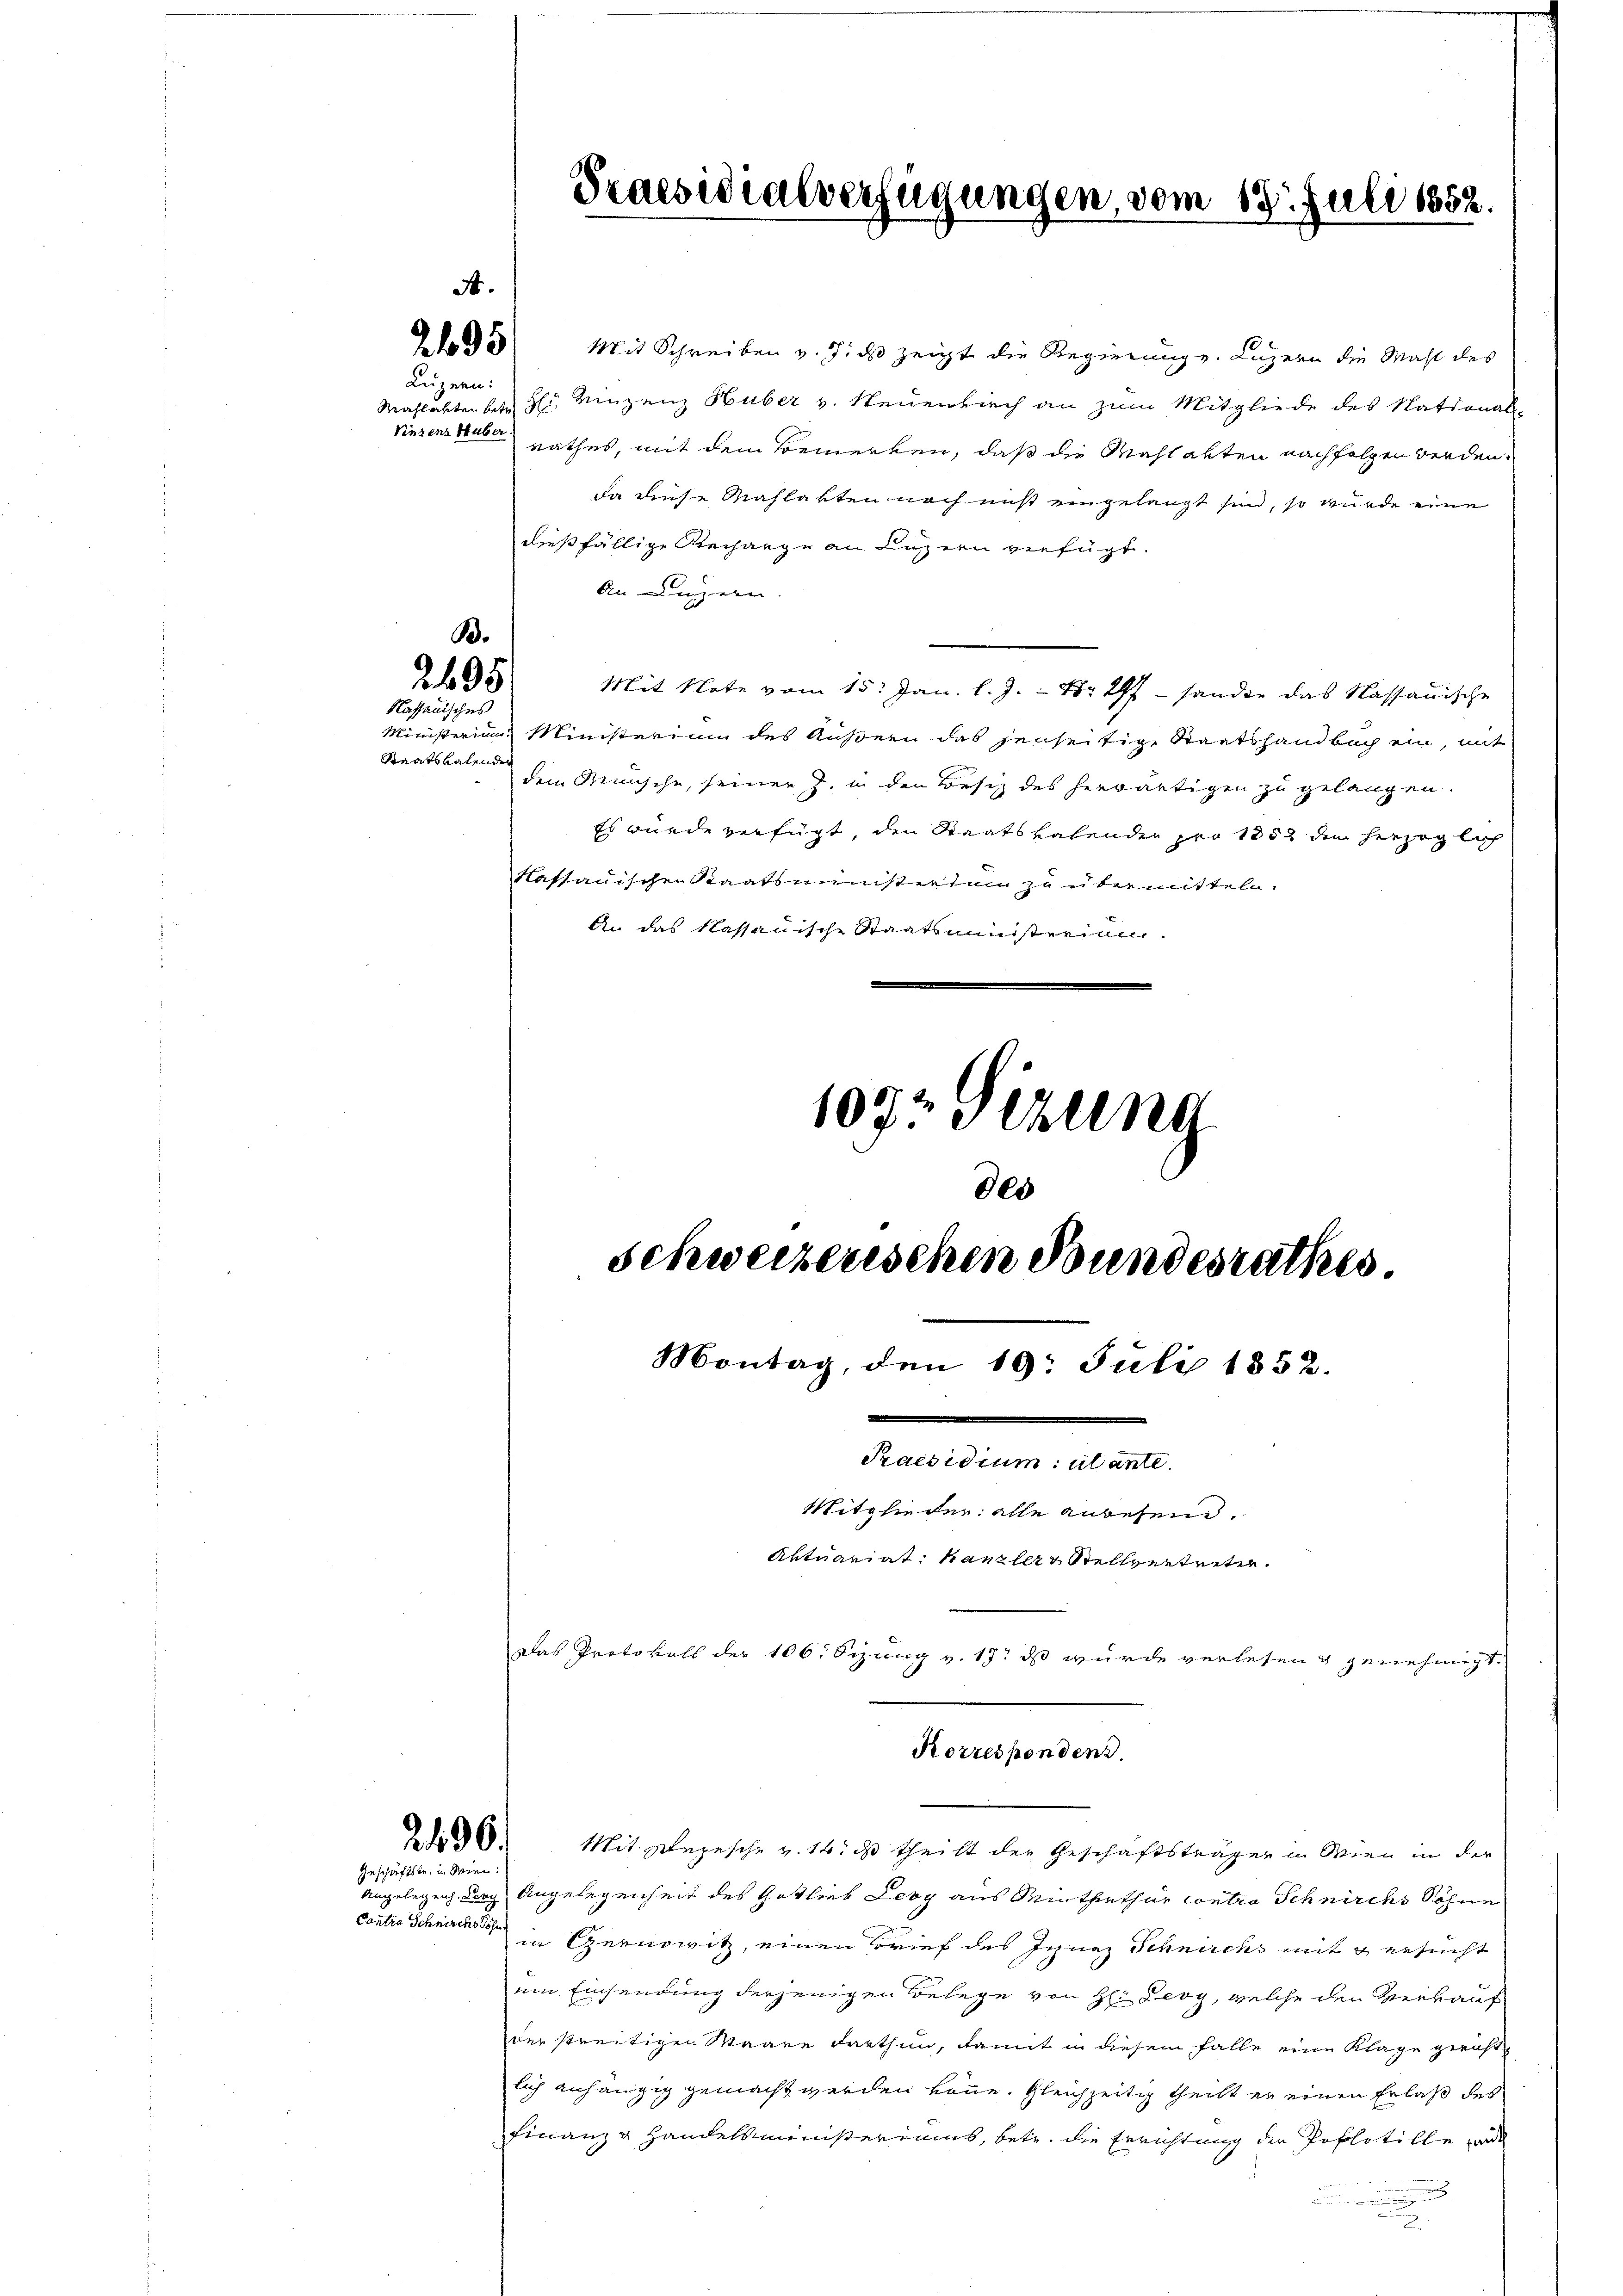
Luzern:
Mahlabten betre
Vinzens Huber.

B.
2495
Kassauisches

Z 35 Mit Schreiben v. J. ds zeigt die Regierung v. Luzern die Mahl des
H: Vinzenz Huber v. Neuenbuch an zum Mitgliede des National-
rathes, mit dem Bemerken, daß die Wahlakten nachfolgen werden,
da diese Mahlakten noch nicht eingelangt sind, so wurde eine
dießfällige Rechange an Luzern verfügt.
An Luzern.
Ministerium Ministerium des Außern das jenseitige Staatshandbach ein, mit
Staatskalenden
dem Mensche, seiner Z. in den Besiz des herwärtigen zu gelangen.
Es wurde verfügt, den Staatskalenden pro 1852 dem herzoglich
kassauischen Staatsministerium zu übermitteln.
An das kassauische Staatsministerium.
107: Gezung

Geschäftstr. in Wien:

Contia Schnische Sohn

Praesidialverfügungen, vom 18. Juli 1852.

des
schweizerischen Bundesrathes.
Montag, den 19. Juli 1852.
Praesidium: utante
Mitglieder alle anbesein.
Aktuariat Kanzlerr Stellvertreten.
Das Protokoll der 106. Sizung v. 17. ds wurde verlesen & genehmigt.

Mit Note vom 15. Jan. l. J. Nr. 297 sandte das Nassauische

Korresponden.

230. Mit Depesche v. 14. ds theilt der Geschäftsträger in Wien in der
Angelegen durch Angelegenheit des Gotlieb Leog aus Miethethur Contro Schnirchs Sohne
in Gernowitz, einen Brief des Ignaz Schnicks mit u ersucht
ein Einsendung derjenigen Belege von H: Leoy, welche den Verkauf
der streitigen Waare darthun, damit in diesem Falle eine Klage gericht
lich anhängig gemacht werden könne. Gleichzeitig theilt er einen Erlaß des
Finanz u Handelsministeriums, betr. die Errichtung der Poplotille war
.
u